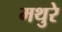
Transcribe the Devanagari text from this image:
मथुरे